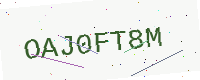
Text: OAJ0FT8M